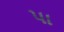
પા